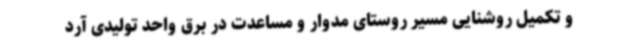
و تکمیل روشنایی مسیر روستای مدوار و مساعدت در برق واحد تولیدی آرد